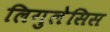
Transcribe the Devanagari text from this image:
लिगुलेसिस